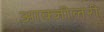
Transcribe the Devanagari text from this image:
आक्जीलरी